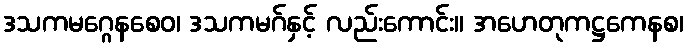
ဒသကမဂ္ဂေနစေဝ၊ ဒသကမဂ်နှင့် လည်းကောင်း။ အဟေတုကဋ္ဌကေနစ၊